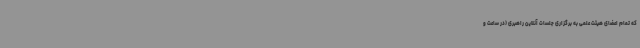
که تمام اعضای هیئت علمی به برگزاری جلسات آنلاین راهبری (در ساعت و